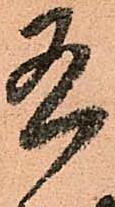
有